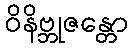
ဝိနိဗ္ဘုဇန္တော